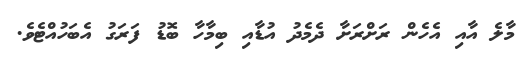
މާލެ އާއި އެހެން ރަށްރަށާ ދެމެދު އުޑާއި ބިމާހާ ބޮޑު ފަރަގު އެބަހުއްޓެވެ.